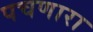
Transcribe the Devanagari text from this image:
पचणारा